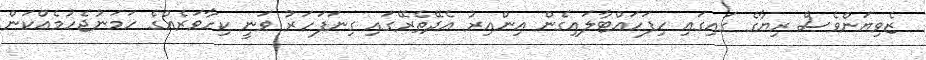
ޒެވިޔަންވެސް ރިޔާގެ ގައިގައި ހިފަހައްޓާލައިގެން އިންއިރު އެދޭތެރޭގައި ގިނަފަހަރު ވަނީ ކިހާވަރެއްގެ ހަމަނުޖެހުމެއްކަން